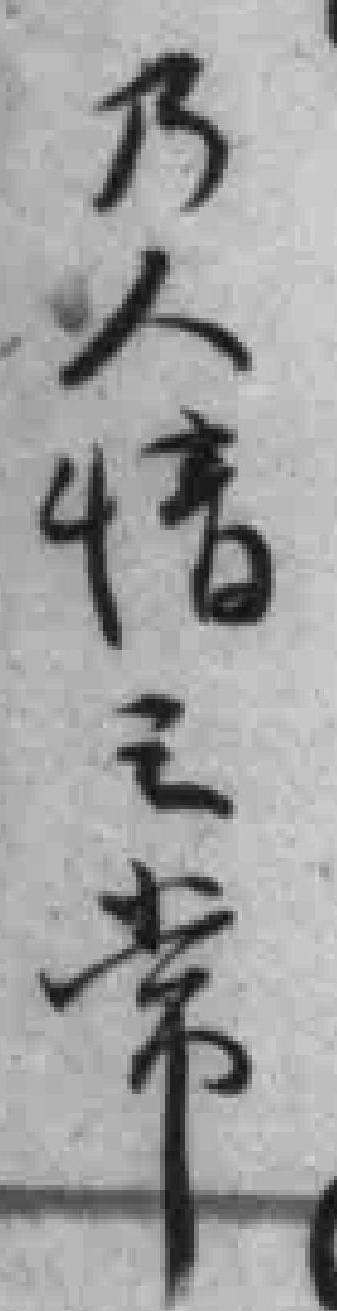
乃人情之常